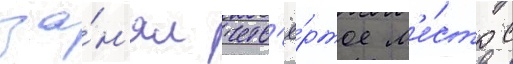
за́н'ял четв'ё́ртое м'е́сто с